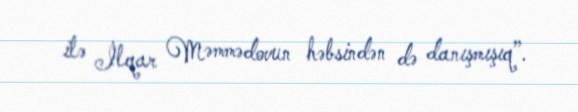
ilə İlqar Məmmədovun həbsindən də danışmışıq”.